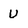
Character: U